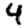
Digit: 4